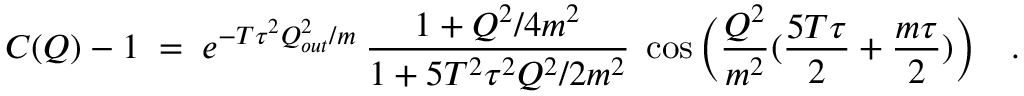
C ( Q ) - 1 \; = \; e ^ { - T \tau ^ { 2 } Q _ { o u t } ^ { 2 } / m } \: { \frac { 1 + Q ^ { 2 } / 4 m ^ { 2 } } { 1 + 5 T ^ { 2 } \tau ^ { 2 } Q ^ { 2 } / 2 m ^ { 2 } } } \; \cos \bigg ( { \frac { Q ^ { 2 } } { m ^ { 2 } } } ( { \frac { 5 T \tau } { 2 } } + { \frac { m \tau } { 2 } } ) \bigg ) ~ ~ ~ .